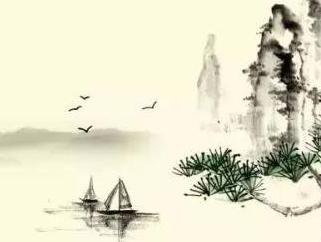
从此信音稀，岭南无雁飞。